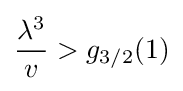
{\frac {\lambda ^{3}}{v}}>g_{3/2}(1)